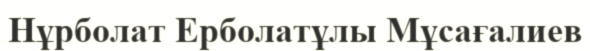
Нұрболат Ерболатұлы Мұсағалиев